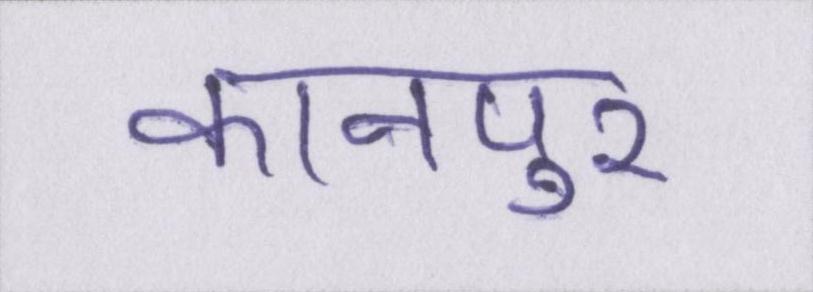
कानपुर